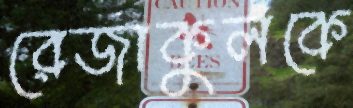
রেজাকুলকে